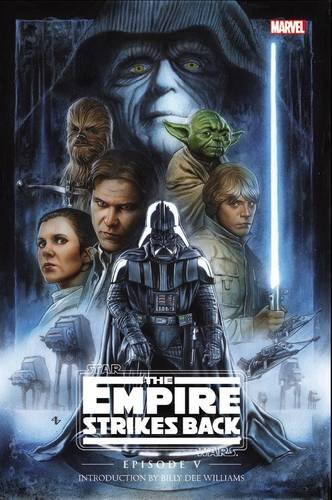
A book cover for Star Wars: Episode V: The Empire Strikes Back; Archie Goodwin; Comics & Graphic Novels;